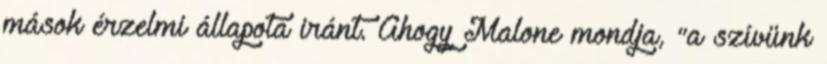
mások érzelmi állapota iránt. Ahogy Malone mondja, "a szívünk